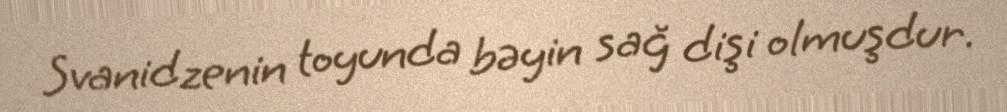
Svanidzenin toyunda bəyin sağ dişi olmuşdur.